Source: Handwritten
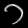
Digit: ၁ (1)